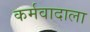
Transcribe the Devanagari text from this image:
कर्मवादाला